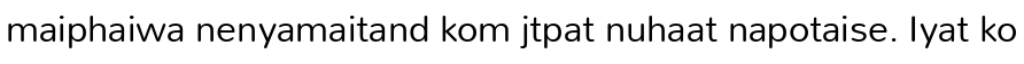
maiphaiwa nenyamaitand kom jtpat nuhaat napotaise. Iyat ko